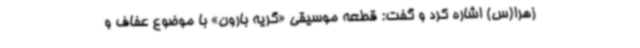
زهرا(س) اشاره کرد و گفت: قطعه موسیقی «گریه بارون» با موضوع عفاف و